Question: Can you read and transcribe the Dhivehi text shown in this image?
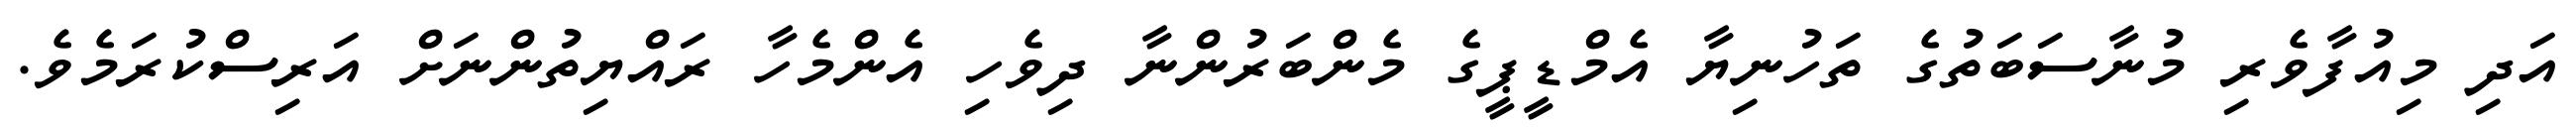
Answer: އަދި މިއުފާވެރި މުނާސަބަތުގެ ތަހުނިޔާ އެމްޑީޕީގެ މެންބަރުންނާ ދިވެހި އެންމެހާ ރައްޔިތުންނަށް އަރިސްކުރަމެވެ.